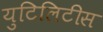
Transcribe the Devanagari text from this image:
युटिलिटीस